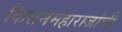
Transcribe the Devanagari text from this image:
किसनमहाराजांची